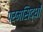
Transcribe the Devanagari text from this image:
परमसिद्धों